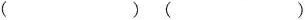
( ) ( )